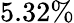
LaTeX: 5.32\%